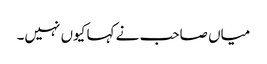
میاں صاحب نے کہا کیوں نہیں۔